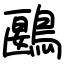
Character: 鶠